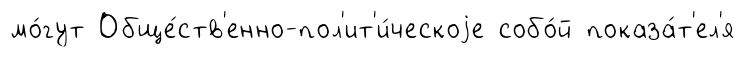
мо́гут Обще́ств'енно-пол'ит'и́ческоjе собо́й показа́т'ел'я